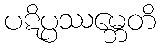
ပဋိပ္ပဿမ္ဘေတိ